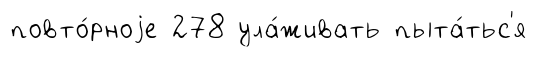
повто́рноjе 278 ула́живать пыта́тьс'я